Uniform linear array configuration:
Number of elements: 48
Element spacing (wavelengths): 0.25
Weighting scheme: blackman
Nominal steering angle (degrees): -45
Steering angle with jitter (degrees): -43.229
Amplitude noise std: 0.05
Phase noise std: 0.05

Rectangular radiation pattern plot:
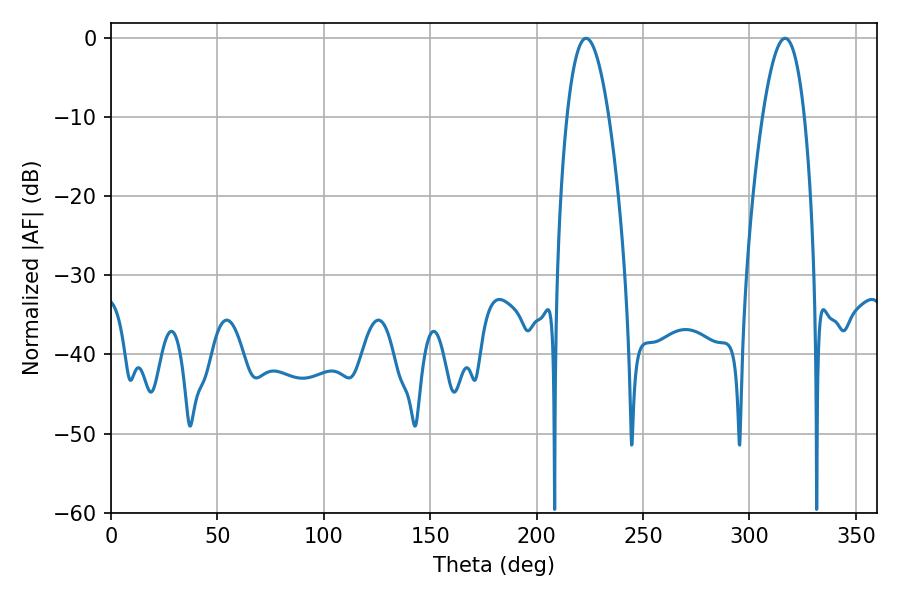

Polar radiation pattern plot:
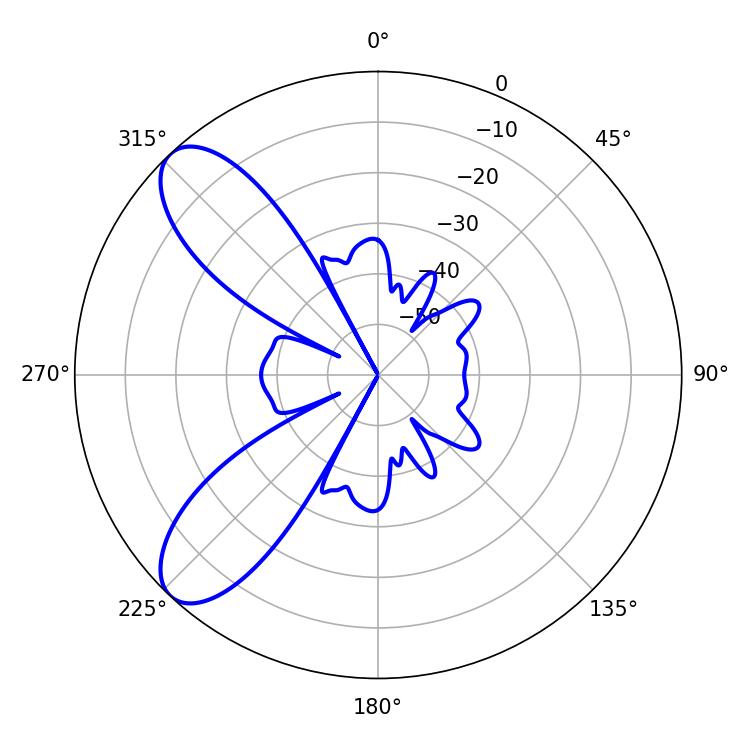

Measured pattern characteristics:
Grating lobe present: FALSE
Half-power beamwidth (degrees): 10.8
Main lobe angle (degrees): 223.2